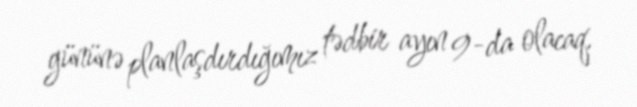
gününə planlaşdırdığımız tədbir ayın 9-da olacaq.